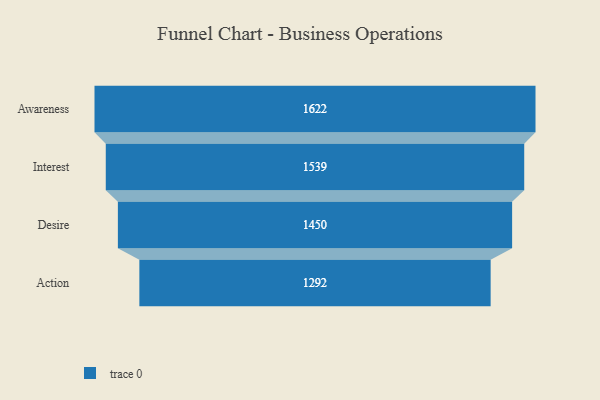
{"axis": {"x": "Stage", "y": "Value"}, "legend": [""], "data": [{"x": "Awareness", "y": 1622.0, "type": ""}, {"x": "Interest", "y": 1539.0, "type": ""}, {"x": "Desire", "y": 1450.0, "type": ""}, {"x": "Action", "y": 1292.0, "type": ""}]}